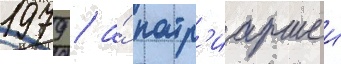
1979 / а́ патр'иаршеи